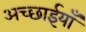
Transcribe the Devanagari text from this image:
अच्छाईयाँ